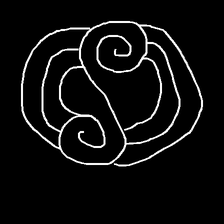
Glyph: wind-underfoot